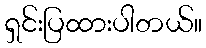
ရှင်းပြထားပါတယ်။